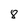
Character: 8